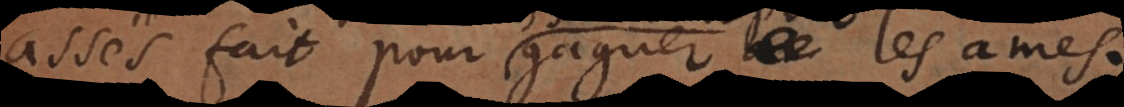
assés fait pour gagner les ames.